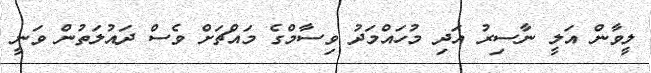
ލީވާން އަލީ ނާސިރު އަދި މުހައްމަދު ވިސާމްގެ މައްޗަށް ވެސް ދައުލަތުން ވަނީ